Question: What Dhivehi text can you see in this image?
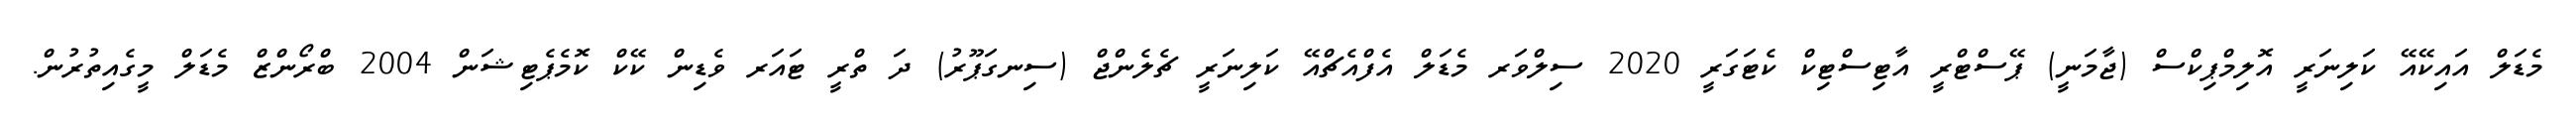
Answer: މެޑަލް އައިކޭއޭ ކަލިނަރީ އޮލިމްޕިކްސް (ޖާމަނީ) ޕޭސްޓްރީ އާޓިސްޓިކް ކެޓަގަރީ 2020 ސިލްވަރ މެޑަލް އެފްއެޗްއޭ ކަލިނަރީ ޗެލެންޖް (ސިނގަޕޫރު) ދަ ތްރީ ޓައަރ ވެޑިން ކޭކް ކޮމެޕެޓިޝަން 2004 ބްރޯންޒް މެޑަލް މީގެއިތުރުން.